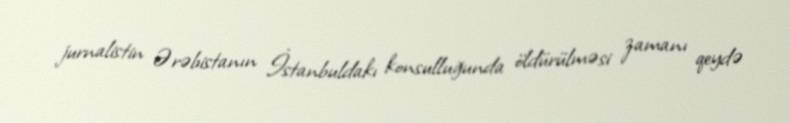
jurnalistin Ərəbistanın İstanbuldakı konsulluğunda öldürülməsi zamanı qeydə